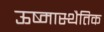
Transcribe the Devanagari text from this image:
ऊष्मास्थैतिक